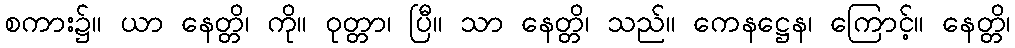
စကား၌။ ယာ နေတ္တိ၊ ကို။ ဝုတ္တာ၊ ပြီ။ သာ နေတ္တိ၊ သည်။ ကေနဋ္ဌေန၊ ကြောင့်။ နေတ္တိ၊